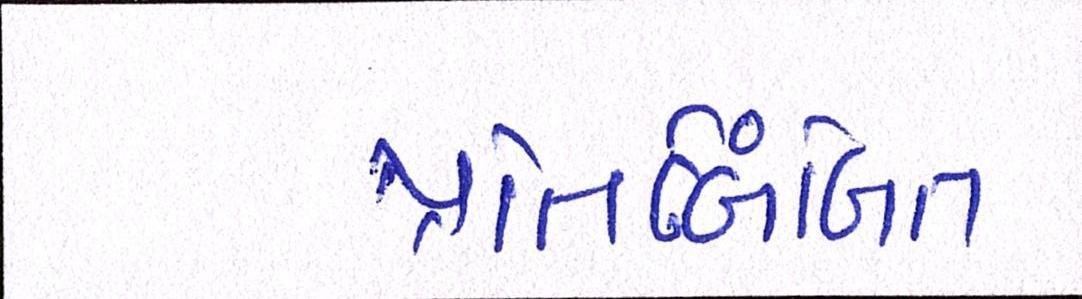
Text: પ્રતિબિંબિત